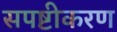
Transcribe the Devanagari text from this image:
सपष्टीकरण